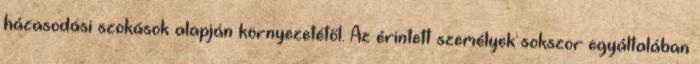
házasodási szokások alapján környezetétől. Az érintett személyek sokszor egyáltalában